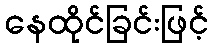
နေထိုင်ခြင်းဖြင့်